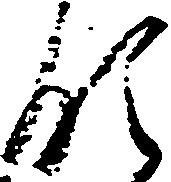
領